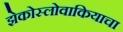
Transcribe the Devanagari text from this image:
झेकोस्लोवाकियाचा